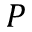
P